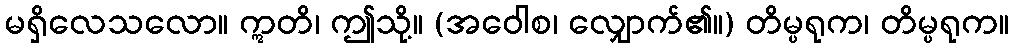
မရှိလေသလော။ ဣတိ၊ ဤသို့။ (အဝေါစ၊ လျှောက်၏။) တိမ္ပရုက၊ တိမ္ပရုက။